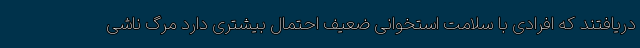
دریافتند که افرادی با سلامت استخوانی ضعیف احتمال بیشتری دارد مرگ ناشی